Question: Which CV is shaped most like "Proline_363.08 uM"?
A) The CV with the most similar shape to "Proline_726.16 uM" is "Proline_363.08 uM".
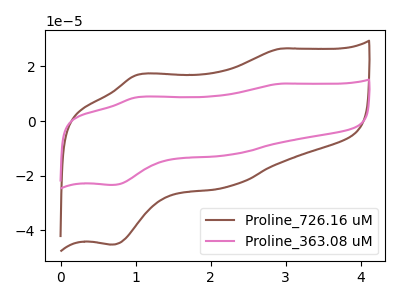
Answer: <think>The brown curve "Proline_726.16 uM" has anodic peaks at (2.95V, 26.50uA) (1.05V, 16.95uA) and cathodic peaks at (2.25V, -23.95uA) (0.70V, -45.15uA). The pink curve "Proline_363.08 uM" has anodic peaks at (2.95V, 13.70uA) (1.05V, 8.75uA) and cathodic peaks at (2.25V, -12.35uA) (0.70V, -23.35uA).
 All the peaks in "Proline_726.16 uM" have a peak in "Proline_363.08 uM" at the same potential. Every peak in "Proline_726.16 uM" is higher than every peak in "Proline_363.08 uM".</think>
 <answer>A) The CV with the most similar shape to "Proline_726.16 uM" is "Proline_363.08 uM".</answer>
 <eval>A</eval>